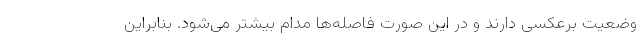
وضعیت برعکسی دارند و در این صورت فاصله‌ها مدام بیشتر می‌شود. بنابراین